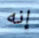
إنه